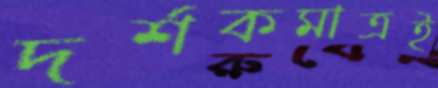
দর্শকমাত্রই